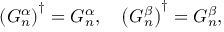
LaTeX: \left( G _ { n } ^ { \alpha } \right) ^ { \dagger } = G _ { n } ^ { \alpha } , \quad \left( G _ { n } ^ { \beta } \right) ^ { \dagger } = G _ { n } ^ { \beta } ,